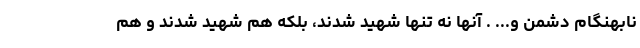
نابهنگام دشمن و... . آنها نه تنها شهید شدند، بلکه هم شهید شدند و هم